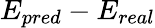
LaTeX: E_{pred}-E_{real}